Report on vaccination proceedings throughout the Government of Bengal -
Year: 1868
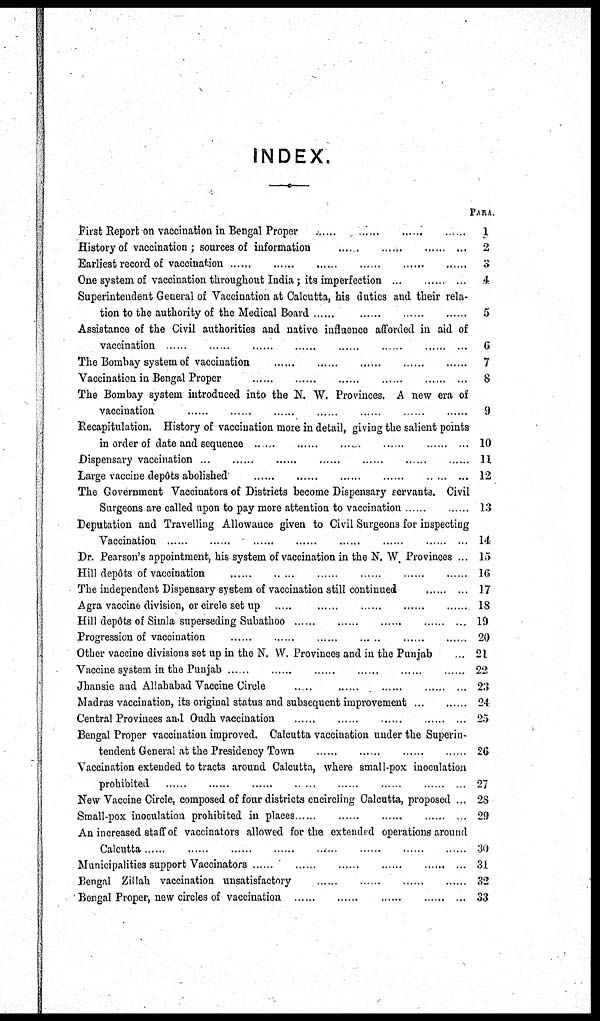
INDEX.
First Report on vaccination in Bengal Proper ...... ...... ...... ......
History of vaccination ; sources of information
......
......
......
......
Earliest record of vaccination
......
......
......
......
......
......
One system of vaccination throughout India; its imperfection ...... ...... ......
Superintendent General of Vaccination at Calcutta, his duties and their rela-
tion to the authority of the Medical Board
......
......
......
......
Assistance of the Civil authorities and native influence afforded in aid of
vaccination
......
......
......
......
......
......
......
......
The Bombay system of vaccination
......
......
......
......
......
Vaccination in Bengal Proper
......
......
......
......
......
......
The Bombay system introduced into the N. W. Provinces. A new era of
vaccination
......
......
......
......
......
......
......
Recapitulation. History of vaccination more in detail, giving the salient points
in order of date and sequence
......
......
......
......
......
......
Dispensary vaccination
......
......
......
......
......
......
......
Large vaccine depôts abolished
......
......
......
......
......
......
The Government Vaccinators of Districts become Dispensary servants. Civil
Surgeons are called upon to pay more attention to vaccination
......
......
Deputation and Travelling Allowance given to Civil Surgeons for inspecting
Vaccination
......
......
......
......
......
......
......
......
Dr. Pearson's appointment, his system of vaccination in the N. W, Provinces ...
Hill depôts of vaccination
......
......
......
......
......
......
The independent Dispensary system of vaccination still continued
......
...
Agra vaccine division, or circle set up
......
......
......
......
......
......
Hill depôts of Simla superseding Subathoo
......
......
......
......
......
Progression of vaccination
......
......
......
......
......
......
Other vaccine divisions set up in the N. W. Provinces and in the Punjab ...
Vaccine system in the Punjab
......
......
......
......
......
......
Jhansie and Allahabad Vaccine Circle
......
......
......
......
...
Madras vaccination, its original status and subsequent improvement ... ......
Central Provinces and Oudh vaccination
......
......
......
......
...
Bengal Proper vaccination improved. Calcutta vaccination under the Superin-
tendent General at the Presidency Town ...... ...... ...... ...... ....
Vaccination extended to tracts around Calcutta, where small-pox inoculation
prohibited
......
......
......
......
......
......
......
New Vaccine Circle, composed of four districts encircling Calcutta, proposed ...
Small-pox inoculation prohibited in places
......
......
......
......
...
An increased staff of vaccinators allowed for the extended operations around
Calcutta
......
......
......
......
......
......
......
......
Municipalities support Vaccinators
......
......
......
......
......
...
Bengal Zillah vaccination unsatisfactory
......
......
......
......
Bengal Proper, new circles of vaccination
......
......
......
......
...
PARA.
1
2
3
4
5
6
7
8
9
10
11
12
13
14
15
16
17
18
19
20
21
22
24
24
25
26
27
28
29
30
31
32
33